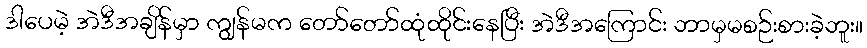
ဒါပေမဲ့ အဲဒီအချိန်မှာ ကျွန်မက တော်တော်ထုံထိုင်းနေပြီး အဲဒီအကြောင်း ဘာမှမစဉ်းစားခဲ့ဘူး။